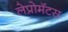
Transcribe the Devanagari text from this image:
लेप्रोमॅटस